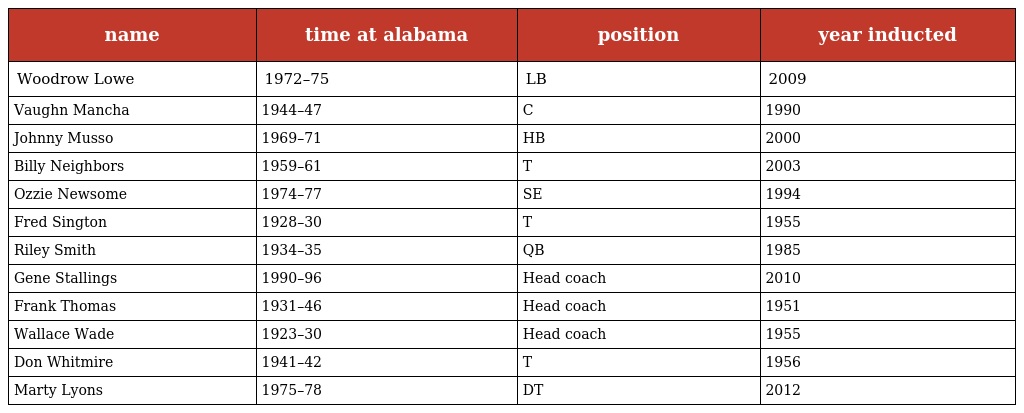
| name | time at alabama | position | year inducted |
 | --- | --- | --- | --- |
 | Woodrow Lowe | 1972–75 | LB | 2009 |
 | Vaughn Mancha | 1944–47 | C | 1990 |
 | Johnny Musso | 1969–71 | HB | 2000 |
 | Billy Neighbors | 1959–61 | T | 2003 |
 | Ozzie Newsome | 1974–77 | SE | 1994 |
 | Fred Sington | 1928–30 | T | 1955 |
 | Riley Smith | 1934–35 | QB | 1985 |
 | Gene Stallings | 1990–96 | Head coach | 2010 |
 | Frank Thomas | 1931–46 | Head coach | 1951 |
 | Wallace Wade | 1923–30 | Head coach | 1955 |
 | Don Whitmire | 1941–42 | T | 1956 |
 | Marty Lyons | 1975–78 | DT | 2012 |